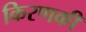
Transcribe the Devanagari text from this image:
किरणकी